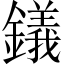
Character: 𫓔